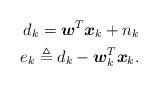
LaTeX: \begin{align*}d_k = \boldsymbol{w}^T \boldsymbol{x}_k + n_k \\e_k \triangleq d_k - \boldsymbol{w}^T_k \boldsymbol{x}_k .\end{align*}